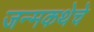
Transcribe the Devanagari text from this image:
जन्मकथेचे